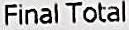
FINAL TOTAL